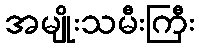
အမျိုးသမီးကြီး